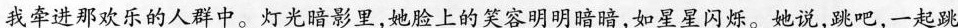
我牵进那欢乐的人群中。灯光暗影里，她脸上的笑容明明暗暗，如星星闪烁她说，跳吧，一起跳